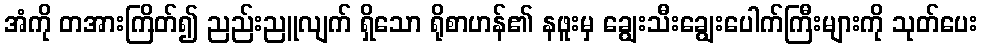
အံကို တအားကြိတ်၍ ညည်းညူလျက် ရှိသော ရိုစာဟန်၏ နဖူးမှ ချွေးသီးချွေးပေါက်ကြီးများကို သုတ်ပေး